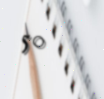
50